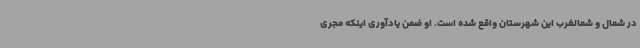
در شمال و شمالغرب این شهرستان واقع شده است. او ضمن یادآوری اینکه مجری